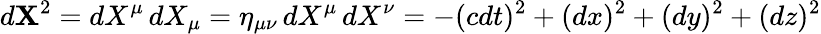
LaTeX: d\mathbf{X}^{2}=dX^{\mu}\, dX_{\mu}=\eta_{\mu\nu}\, dX^{\mu}\, dX^{\nu}=-(cdt)^{2}+(dx)^{2}+(dy)^{2}+(dz)^{2}